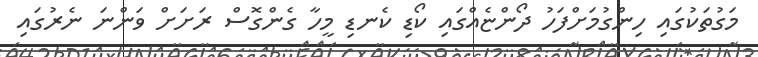
މަގުތަކުގައި ހިންގުމަށްފަހު ދޯންޏެއްގައި ކޯޑި ކެނޑި މީހާ ގެންގޮސް ރަށަށް ވަންނަ ނެރުގައި